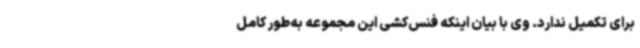
برای تکمیل ندارد. وی با بیان اینکه فنس‌کشی این مجموعه به‌طور کامل